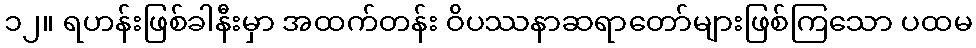
၁၂။ ရဟန်းဖြစ်ခါနီးမှာ အထက်တန်း ဝိပဿနာဆရာတော်များဖြစ်ကြသော ပထမ